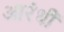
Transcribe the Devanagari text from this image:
आरंधीं